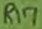
Text: R17